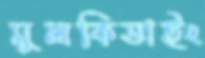
মুলকিডাইং